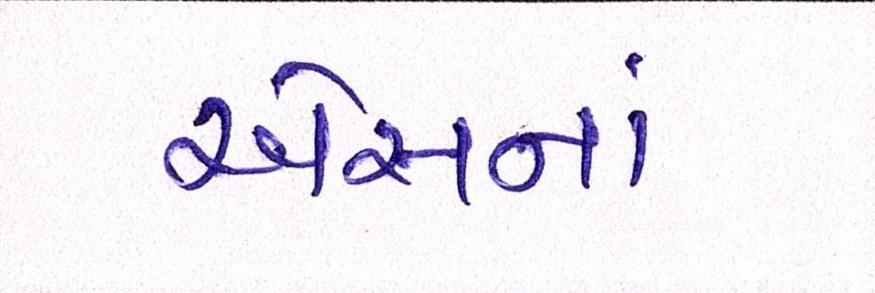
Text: એસનાં